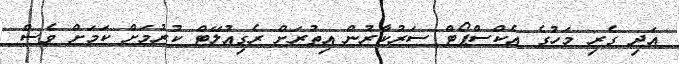
އަދި ގެރި މަހުގެ އެކްސްޕޯޓް ސަރުކާރުން އިތުރަށް ރެގިއުލޭޓް ކުރުމަށް ކަމަށް ވެސް